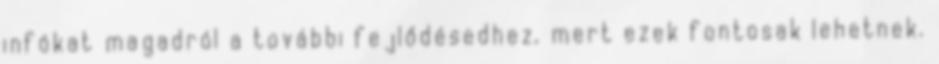
infókat magadról a további fejlődésedhez, mert ezek fontosak lehetnek.